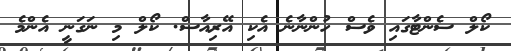
ކޯލް ސެންޓާގައި ވެސް ހުންނާނެ އެކި އޭރިއާސް. ކޯލް މި ނަގަނީ އެންމެ